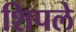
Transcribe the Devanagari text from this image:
शिपले